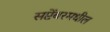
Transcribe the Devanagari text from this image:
सप्टेंबरमधील